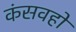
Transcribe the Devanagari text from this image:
कंसवहो